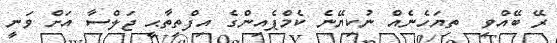
ރޭ ބޭއްވި  ތިޔަހެނެއް ނުކިޔޭނެ ކެމްޕެއިންގެ އިފްތިތާޙީ ޖަލްސާ އަށް ވަނީ